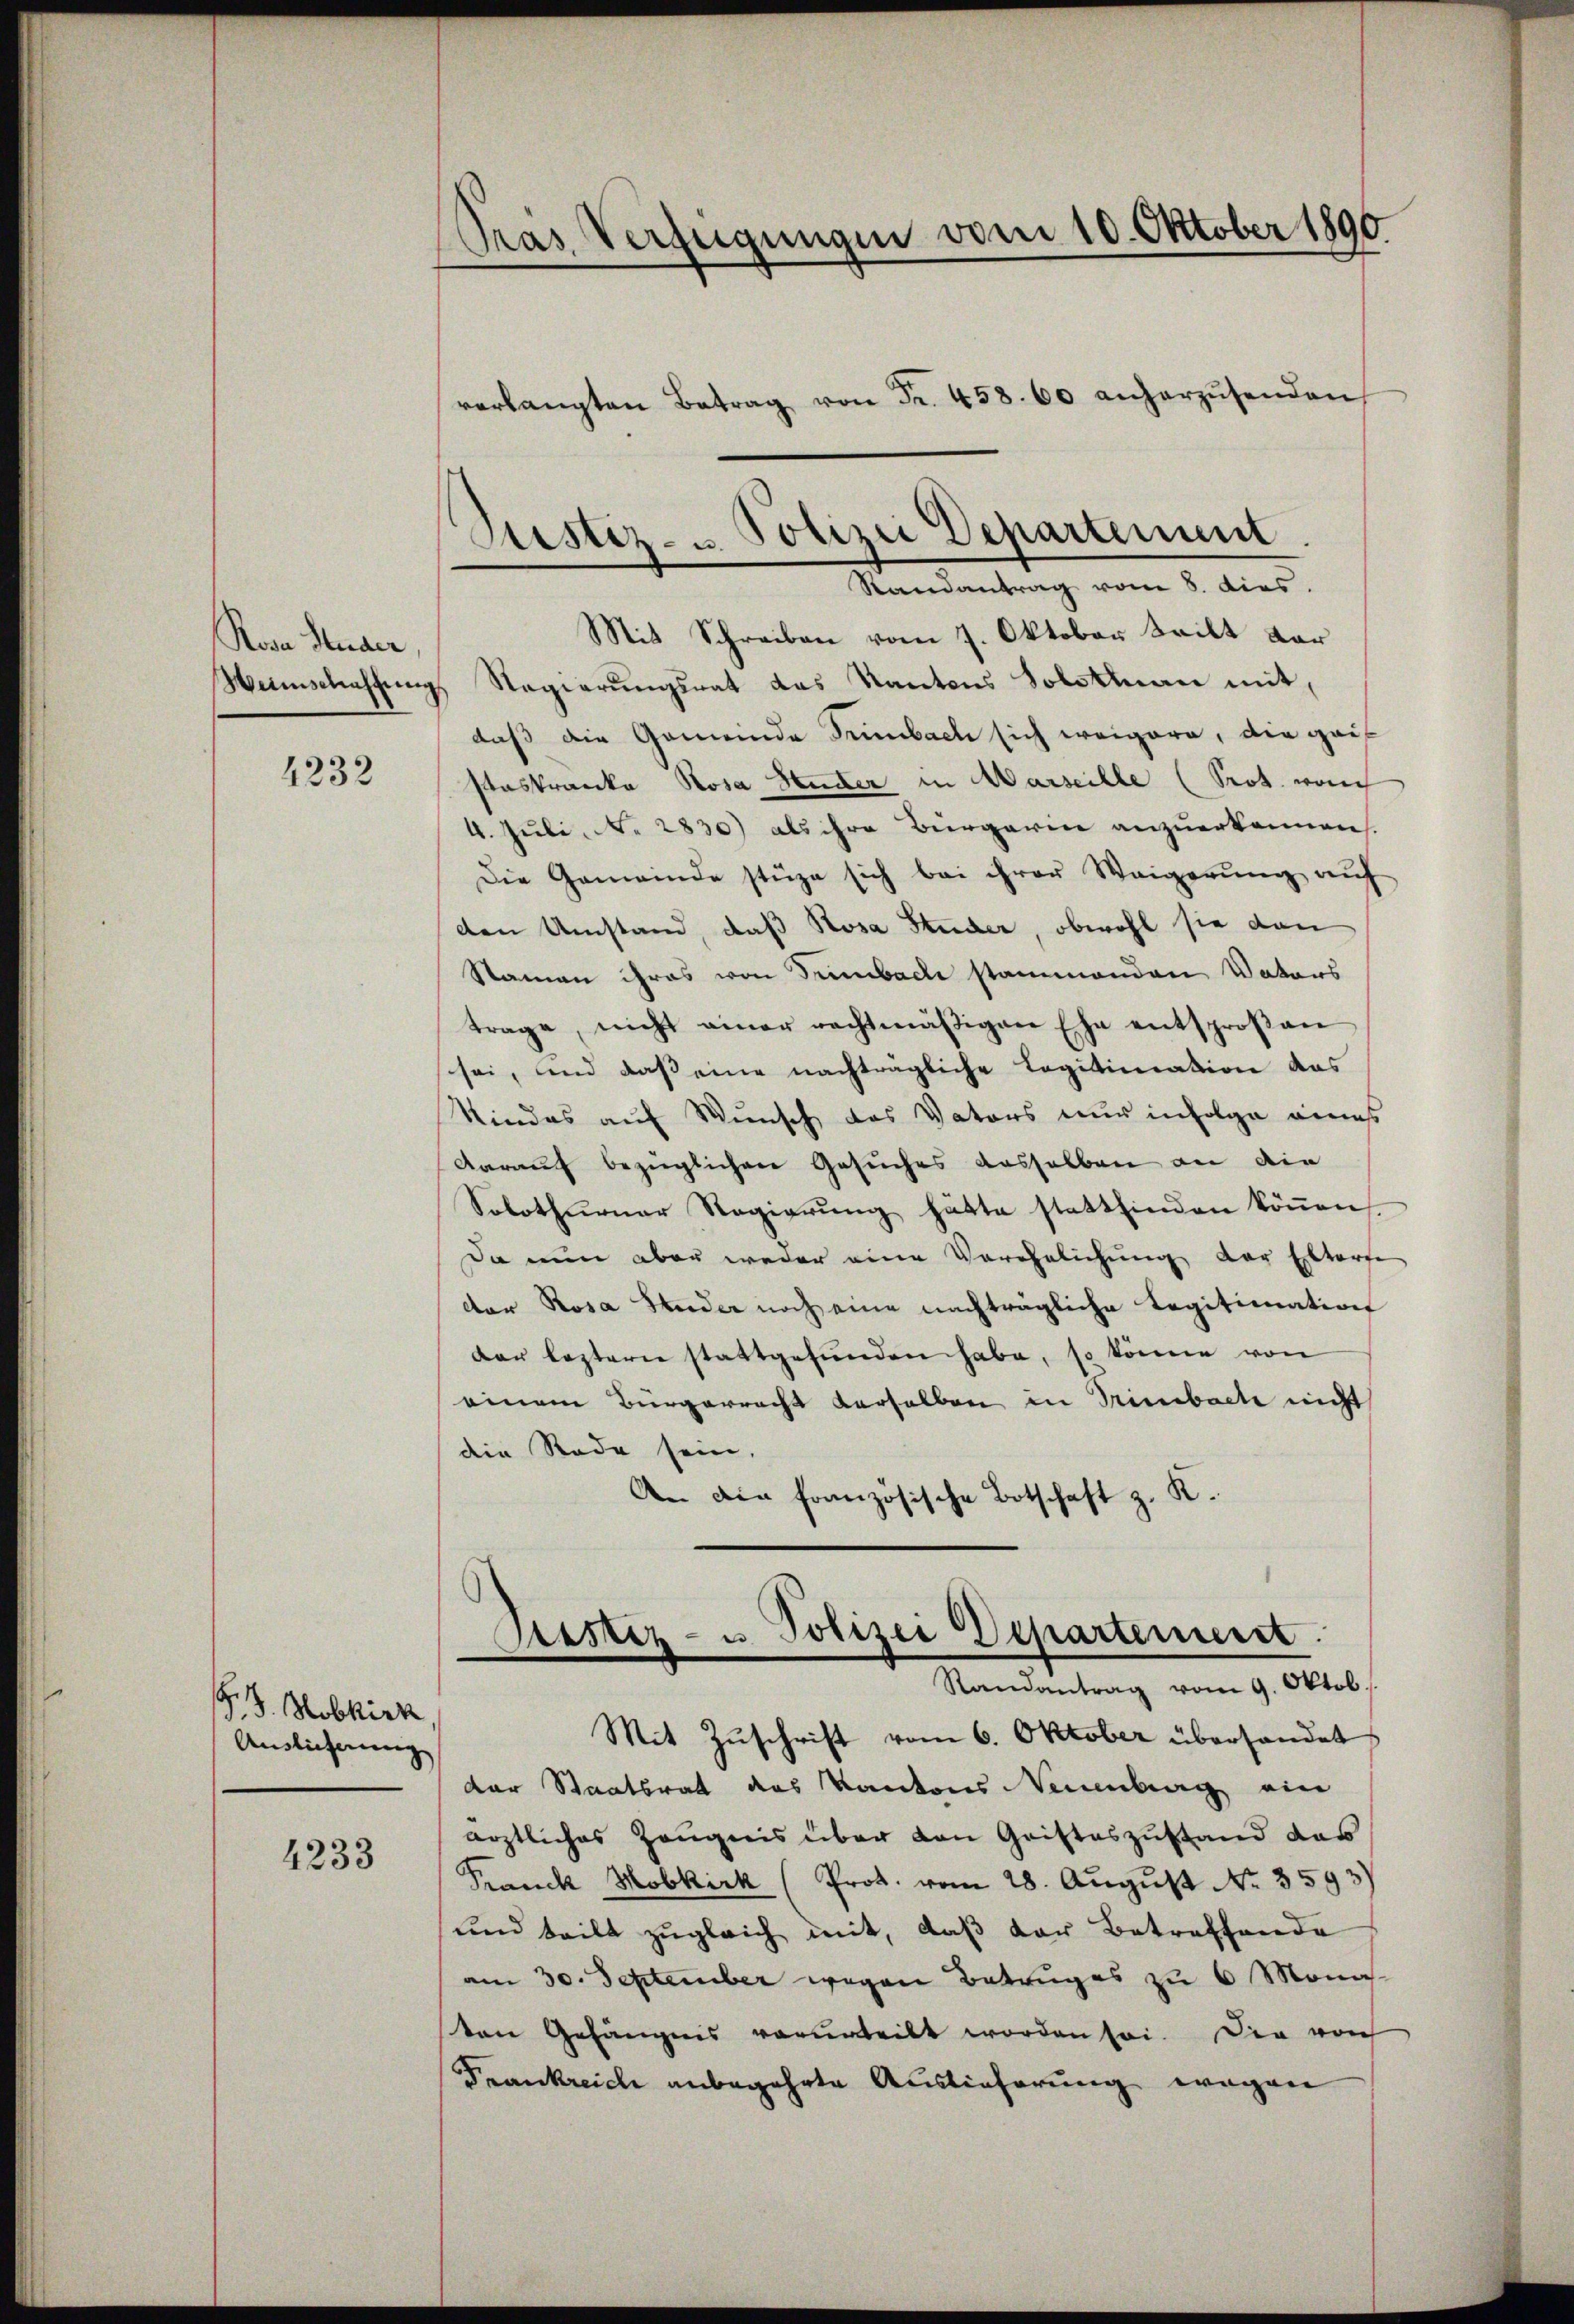
Rova Studer,
4232

P. J. Hobkirk
Auslicherung

4233

Pras Verfügungen vom 10. Oktober 1890.
verlangten Betrag von Fr. 458. 60 anherzŭsenden

Hemschaffung Regierungsrat das Kantons Solothurn mit,
daß die Gemeinde Sumbach sich weigere, die gei¬
Paskranka Rosa Huder in Marseille (Prot. noch
4. Juli, No 2830) als ihre Bürgerin anzuerkennen.
Die Gemeinde stüze sich bei ihrer Weigerŭng aŭf
den Umstand, daß Rosa Studer, obwohl sie dann
Namen ihres von Trimbach stammenden Vaters
trage, nicht einer rechtmäßigen Ehe entsproβen
sei, und daß eine nachträgliche Legitimation das
Kindes auf Wunsch das Vaters nur infolge eines
darauf bezüglichen Gesuches dasselben an die
Solothurner Regierŭng hätte stattfinden köṅen
Da nun aber weder eine Verehelichung der Eltorfe
der Rosa Weder noch eine nachträgliche Legitimation
dar lezterne stattgefŭnden habe, so könne von
einem Bürgerracht derselben in Trimbache nicht
die Rede sein.
A. Die französische Botschaft z. K.

Justiz- u. Polizei Departement
Randantrag vom 8. dies.
Mit Schreiben vom 7. Oktober teilt dar

Prustiz- u. Polizei Departement.
Randantrag vom 9. Oktob.
Mit Zŭschrift vom 6. Oktober übersandet

der Staatsrat das Kantons Neuenburg ein
ärztliches Zeugnis über den Gristeszustand das
Franck Hobkirk (Prot. vom 28. August No. 3593)
und teilt zŭgleich mit, daβ der Betreffende
am 30. September wegen Betruges zu 6 Mona-
ten Gefängnis verurteilt worden sei. Die noch
Frankreich anbegehrte Auslieferung wegen